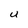
Character: U